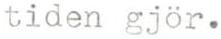
tiden gjör.